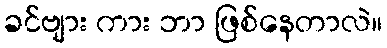
ခင်ဗျား ကား ဘာ ဖြစ်နေတာလဲ။